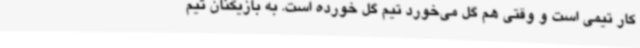
کار تیمی است و وقتی هم گل می‌خورد تیم گل خورده است. به بازیکنان تیم